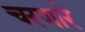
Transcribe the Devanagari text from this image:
चरणारे